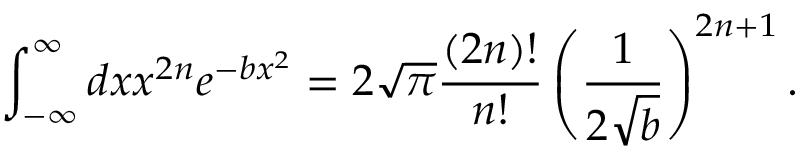
\int _ { - \infty } ^ { \infty } d x x ^ { 2 n } e ^ { - b x ^ { 2 } } = 2 \sqrt { \pi } \frac { \left( 2 n \right) ! } { n ! } \left( \frac { 1 } { 2 \sqrt { b } } \right) ^ { 2 n + 1 } .